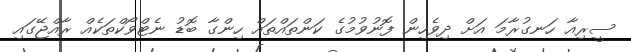
ސީރިއާ ހަނގުރާމަ އަށް ދިވެހިން ފޮނުވުމުގެ ކަންތައްތައް ހިންގާ ބޮޑު ނެޓްވޯކްތަކެއް ރާއްޖޭގައި